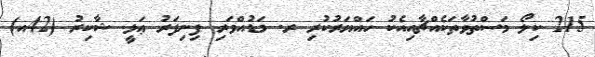
215 ކިލޯ މަސްތުވާތަކެއްޗާއިއެކު ހައްޔަރުކުރި ރ. މަޑުއްވަރި ފިނިފަރު ޢަލީ ޝާކިރު (42އ)